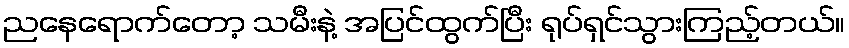
ညနေရောက်တော့ သမီးနဲ့ အပြင်ထွက်ပြီး ရုပ်ရှင်သွားကြည့်တယ်။